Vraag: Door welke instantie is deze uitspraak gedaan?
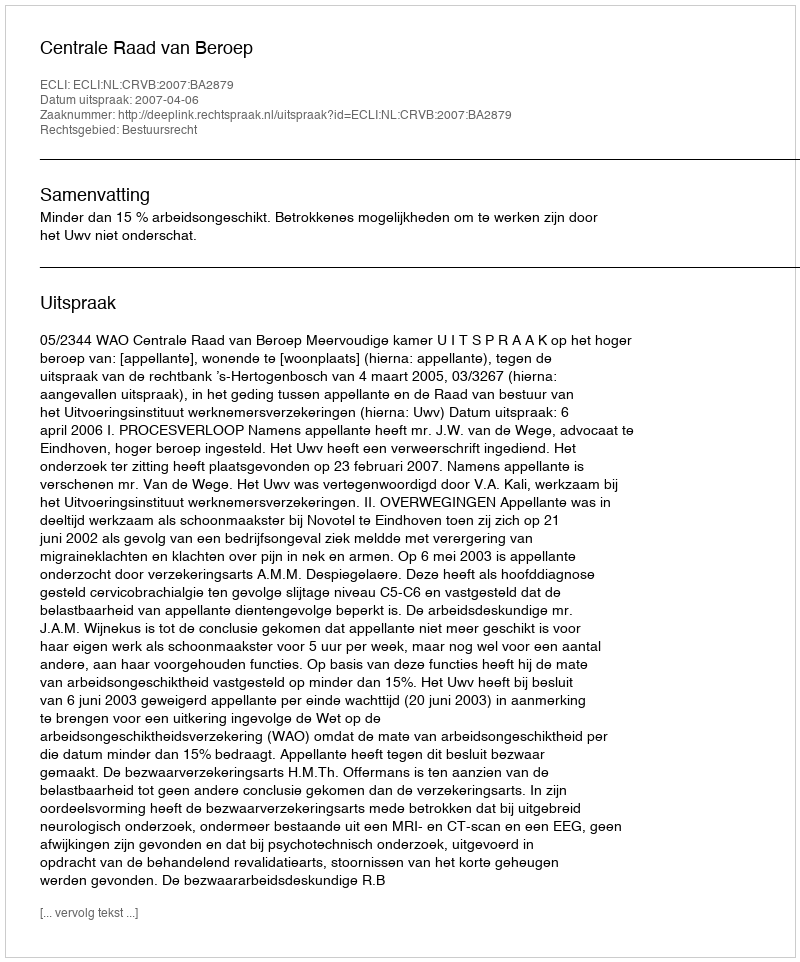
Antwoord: Centrale Raad van Beroep